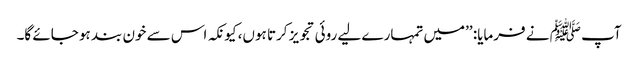
آپ ﷺ نے فرمایا: ’’میں تمہارے لیے روئی تجویز کرتا ہوں، کیونکہ اس سے خون بند ہو جائے گا۔